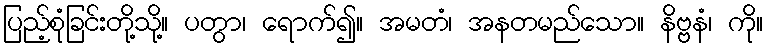
ပြည့်စုံခြင်းတို့သို့။ ပတွာ၊ ရောက်၍။ အမတံ၊ အနတမည်သော။ နိဗ္ဗနံ၊ ကို။